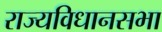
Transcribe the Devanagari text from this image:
राज्यविधानसभा